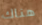
هناك